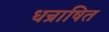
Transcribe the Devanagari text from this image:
धन्राषित